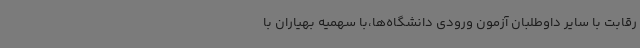
رقابت با سایر داوطلبان آزمون ورودی دانشگاه‌ها،با سهمیه بهیاران با